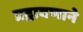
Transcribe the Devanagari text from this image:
प्रद्रावणाने